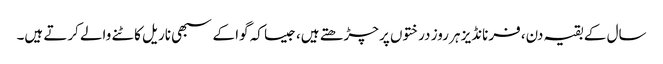
سال کے بقیہ دن، فرنانڈیز ہر روز درختوں پر چڑھتے ہیں، جیسا کہ گوا کے سبھی ناریل کاٹنے والے کرتے ہیں۔